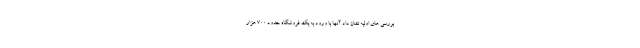
بررسی های اولیه نشان داد آنها با ورود به یک فروشگاه حدود ۷۰۰ هزار